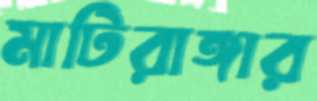
মাটিরাঙ্গার